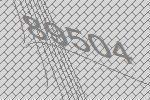
89504